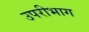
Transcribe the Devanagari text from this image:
उपरीभाग